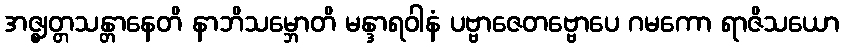
အဇ္ဈတ္တသန္တာနေတိ နာဘိသမ္ဘောတိ မန္ဒာရဝါနံ ပဗ္ဗာဇေတဗ္ဗောပေ ဂမကော ရာဇိသယော